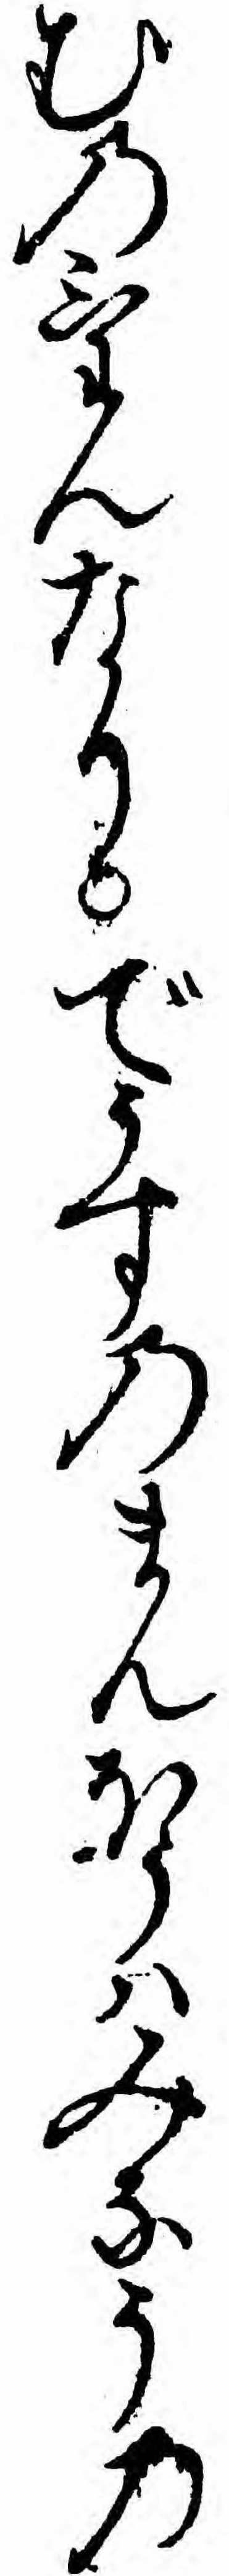
むのけんなりでうすのまんほうハみなうの